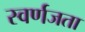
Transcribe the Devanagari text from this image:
स्वर्णजता